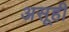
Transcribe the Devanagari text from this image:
असूही